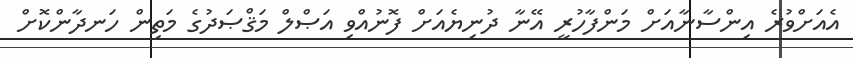
އެއަށްވުރެ އިންސާނާއަށް މަންފާހުރީ އޭނާ ދުނިޔެއަށް ފޮނުއްވި އަޞްލް މަޤްޞަދުގެ މަތިން ހަނދާންކޮށް